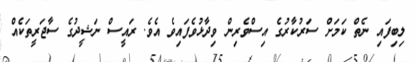
ލިބިފައި ނެތް ކަމަށް ސަރުކާރުގެ އިސްވެރިން ވިދާޅުވެފައިވެ އެވެ. ރައީސް ނަޝީދުގެ ސާޖަރީތަކެއް